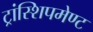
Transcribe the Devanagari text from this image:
ट्रांस्शिपमेण्ट